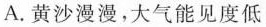
A.黄沙漫漫，大气能见度低